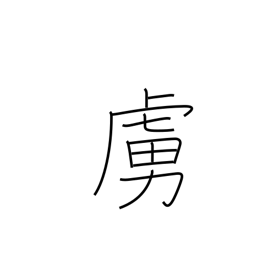
Meaning: low epithet for the enemy